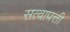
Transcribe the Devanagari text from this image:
सत्वापत्ती